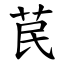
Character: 苠